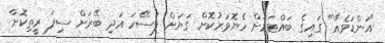
"އަންޑަވެއާ" ގައިގެ ބައްޓަމަށް ހެޔޮވަރުކޮށް ގަޔަށް ފަސޭހަ އަދި ބޭރަށް ސިފަ ރީތިކޮށް